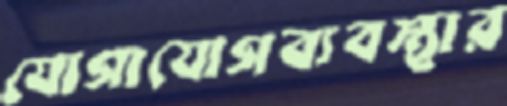
যোগাযোগব্যবস্থার